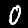
Label: 0